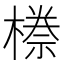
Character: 𭫯